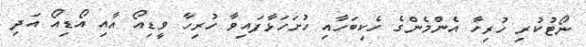
ނޯޓުކުރި ހުރިހާ އެންމެންގެ ހެކިބަހާއި ހުށަހަޅާފައިވާ ހުރިހާ ވީޑިއޯ އާއި އޯޑިއޯ އަދި